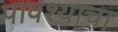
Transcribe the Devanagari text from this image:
पावश्याचा